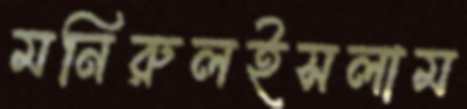
মনিরুলইসলাম